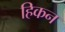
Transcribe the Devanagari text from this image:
हिकन